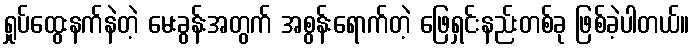
ရှုပ်ထွေးနက်နဲတဲ့ မေးခွန်းအတွက် အစွန်းရောက်တဲ့ ဖြေရှင်းနည်းတစ်ခု ဖြစ်ခဲ့ပါတယ်။